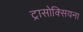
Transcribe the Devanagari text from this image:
ट्रासोक्सियना